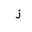
Letter: _thal